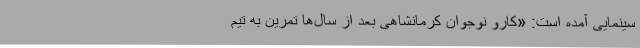
سینمایی آمده است: «کارو نوجوان کرمانشاهی بعد از سال‌ها تمرین به تیم